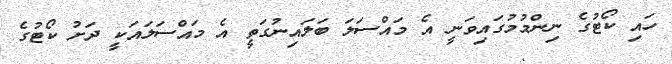
ހައި ކޯޓުގެ ނިންމުމުގައިވަނީ އެ މައްސަލަ ބަލައިނުގަތީ އެ މައްސަލައަކީ ދަށު ކޯޓުގެ